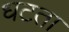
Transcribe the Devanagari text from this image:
धटता